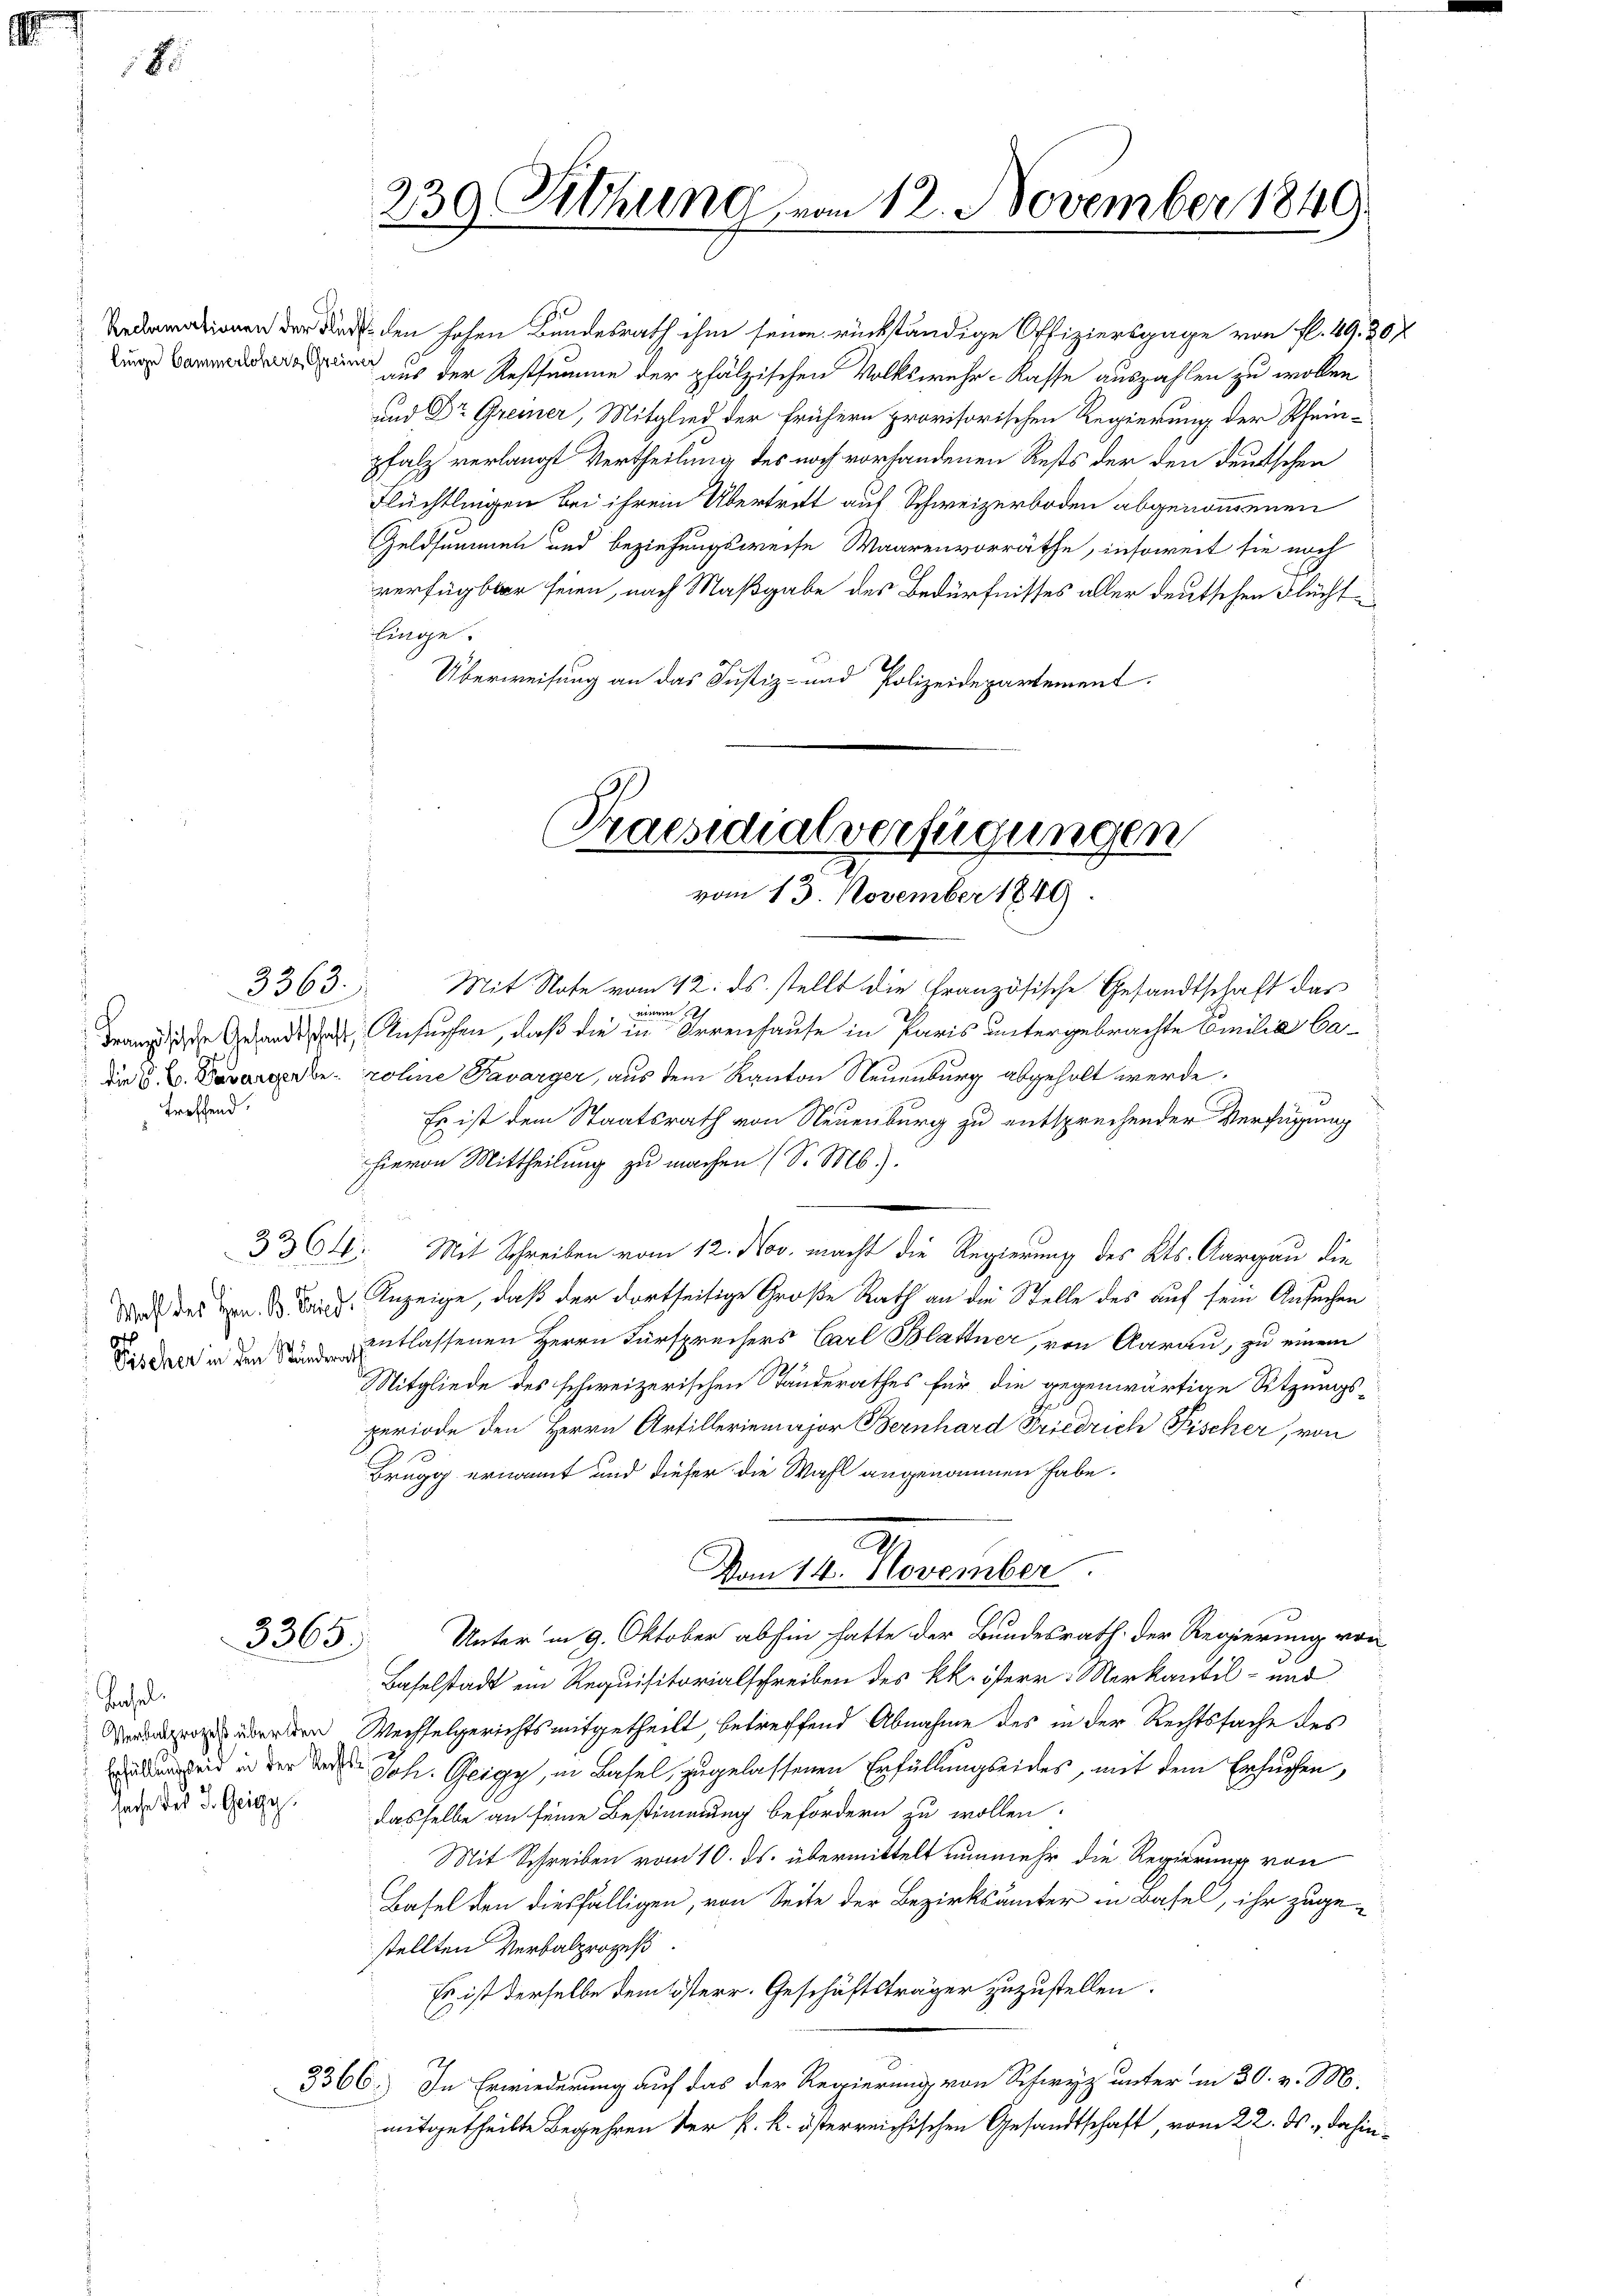
s
185

treffend.

Wahl des Hrn. B. Wied

3363.

3364

Basel,
 sache des S. Geigy.

J

ionen der Fast den hohen Bundesrath ihm seien rückständige Offiziersgage von fl. 49. 30 f
  der Restsumme der pfälzischen Volkswehr-Kasse auszahlen zu wollen
und Dr. Greier, Mitglied der frühern provisorischen Regierung der Rhein-
pfalz verlangt Vertheilung des noch vorhandenen Rests der den deutschen
Flüchtlingen bei ihrem Übertrett auf Schweizerboden abgenommenen
Geldsummen und beziehungsweise Waarenvorräthe, insoweit sie noch
verfügbar seien, nach Maßgabe des Bedürfnisses aller deutschen Flüchte
linge.
Überweisung an das Justiz- und Polizeidepartement.

239 Rthung vom 12. November 1849

Praesidialverfügungen
vom 13. November 1849.

Vom 14. November.

Mit Note vom 12. ds. stellt die Französische Gesandtschaft das
einem f
Franz die Gesandten Ansuchen, daß die in Arrenhause in Paris untergebrachte Emilia Cade . . . roline Pavarger, aus dem Kanton Neuenburg abgeholt werde.
Es ist dem Staatsrath von Neuenburg zu entsprechender Verfügung
hievon Mittheilung zu machen (S. M.).
n
Mit Schreiben vom 12. Nov. macht die Regierung des Kts. Aargau die
Anzeige, daß der dortseitige Große Rath an die Stelle des auf sein Ansuchen
i der in den entlassenen Herrn Fürsprechers Carl Blattner, von Aarau, zu einem
Mitgliede des schweizerischen Standerathes für die gegenwärtige Sitzungs-
periode den Herrn Artilleriemajor Bernhard Friedrich Fischer, von
Brugg ernannt und dieser die Wahl angenommen habe.
Unter in 9. Oktober abhin hatte der Bundesrath der Regierung von
3365.
Baselstadt ein Requisitorialschreiben des kk. österr. Merkantil- und
orden Wechselgerichtsmitgetheilt, betreffend Abnahme des in der Rechtssache des
eid in der der Joh. Geigy, in Basel, zugelassenen Erfüllungseides, mit dem Ersuchen,
dasselbe an seine Bestimmung befördern zu wollen.
Mit Schreiben vom 10. ds. übermittelt nunmehr die Regierung von
Basel den diesfälligen, von Seite der Bezirksämter in Basel, ihr zugestellten Verbalprozeß
Es ist derselbe dem österr. Geschäftsträger zuzustellen.
3366. In Erwiederung auf das der Regierung von Schwyz unter in 30. v. M.
mitgetheilte Begehren der k. k. österreichischen Gesandtschaft, vom 22. ds. dahin¬